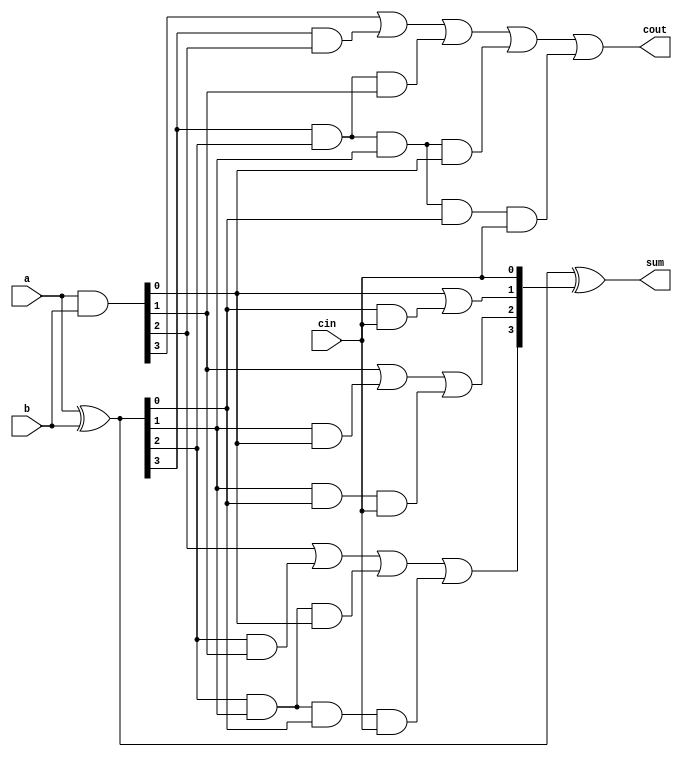
/* Module: carry_look_ahead_adder_4bit
   Description: 4-bit Carry Look-Ahead Adder
   Inputs: a, b - 4-bit input lines; cin - Carry input
   Outputs: sum - 4-bit sum; cout - Carry output
*/
module carry_look_ahead_adder_4bit ( 
    input  [3:0]  a,
    input  [3:0]  b,
    input         cin,
    output [3:0]  sum,
    output        cout
);
    wire   [3:0]  p;
    wire   [3:0]  g;
    wire   [3:0]  c;

    assign p = a ^ b;      // propagate
    assign g = a & b;      // generate
    assign c[0] = cin;
    assign c[1] = g[0] | (p[0] & c[0]);
    assign c[2] = g[1] | (p[1] & g[0]) | (p[1] & p[0] & c[0]);
    assign c[3] = g[2] | (p[2] & g[1]) | (p[2] & p[1] & g[0]) | (p[2] & p[1] & p[0] & c[0]);
    assign cout = g[3] | (p[3] & g[2]) | (p[3] & p[2] & g[1]) | (p[3] & p[2] & p[1] & g[0]) | (p[3] & p[2] & p[1] & p[0] & c[0]);
    assign sum = p ^ c;

endmodule